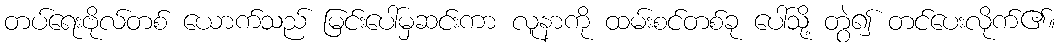
တပ်ရေးဗိုလ်တစ် ယောက်သည် မြင်းပေါ်မှဆင်းကာ လူနာကို ထမ်းစင်တစ်ခု ပေါ်သို့ တွဲ၍ တင်ပေးလိုက်၏။